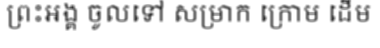
ព្រះអង្គ ចូលទៅ សម្រាក ក្រោម ដើម